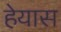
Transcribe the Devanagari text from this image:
हेयास